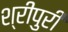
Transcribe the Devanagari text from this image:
श्रीपुरी